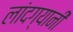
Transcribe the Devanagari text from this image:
लांदग्यानी